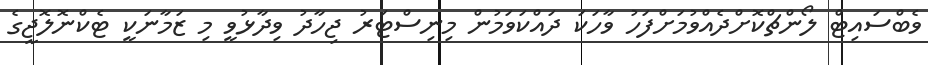
ވެބްސައިޓް ލޯންޗްކޮށްދެއްވުމަށްފަހު ވާހަކަ ދައްކަވަމުން މިނިސްޓަރު ޖިހާދު ވިދާޅުވީ މި ޒަމާނަކީ ޓެކްނޮލޮޖީގެ